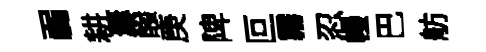
弱耕茟醱庚陴叵霧忍幔巴舫